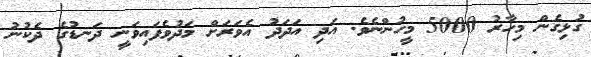
ގުޅިގެން މިހާރު 5000 މީހުންނެވެ. އަދި އަދަދު އެވަރަށް މަދުވެފައިވަނީ ދަނޑުގެ ދެކުނު